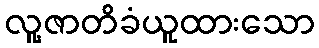
လူ့ဇာတိခံယူထားသော